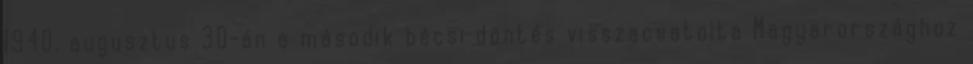
1940. augusztus 30-án a második bécsi döntés visszacsatolta Magyarországhoz